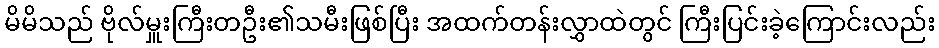
မိမိသည် ဗိုလ်မှူးကြီးတဦး၏သမီးဖြစ်ပြီး အထက်တန်းလွှာထဲတွင် ကြီးပြင်းခဲ့ကြောင်းလည်း